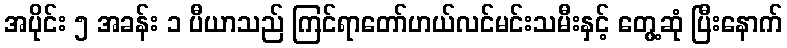
အပိုင်း ၅ အခန်း ၁ ပီယာသည် ကြင်ရာတော်ဟယ်လင်မင်းသမီးနှင့် တွေ့ဆုံ ပြီးနောက်